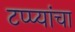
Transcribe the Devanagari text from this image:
टप्प्यांचा